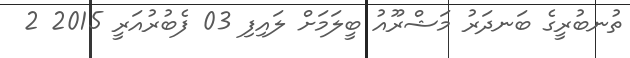
ތުނބުރީގެ ބަނދަރު މަޝްރޫއު ބީލަމަށް ލައިފި 03 ފެބުރުއަރީ 2015 2